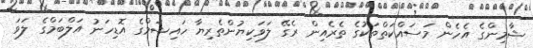
ޝާމިންގެ އެހެން މަސައްކަތްތަކުގެ ތެރެއިން ރެގޭ ލަވަކިޔުންތެރިޔާ ހައިޝަމްގެ އޮޑިހަނު އަލްބަމްގެ ލަވަ